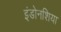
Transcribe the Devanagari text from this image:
इंडोनशिया